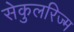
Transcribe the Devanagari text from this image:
सेकुलरिज्म